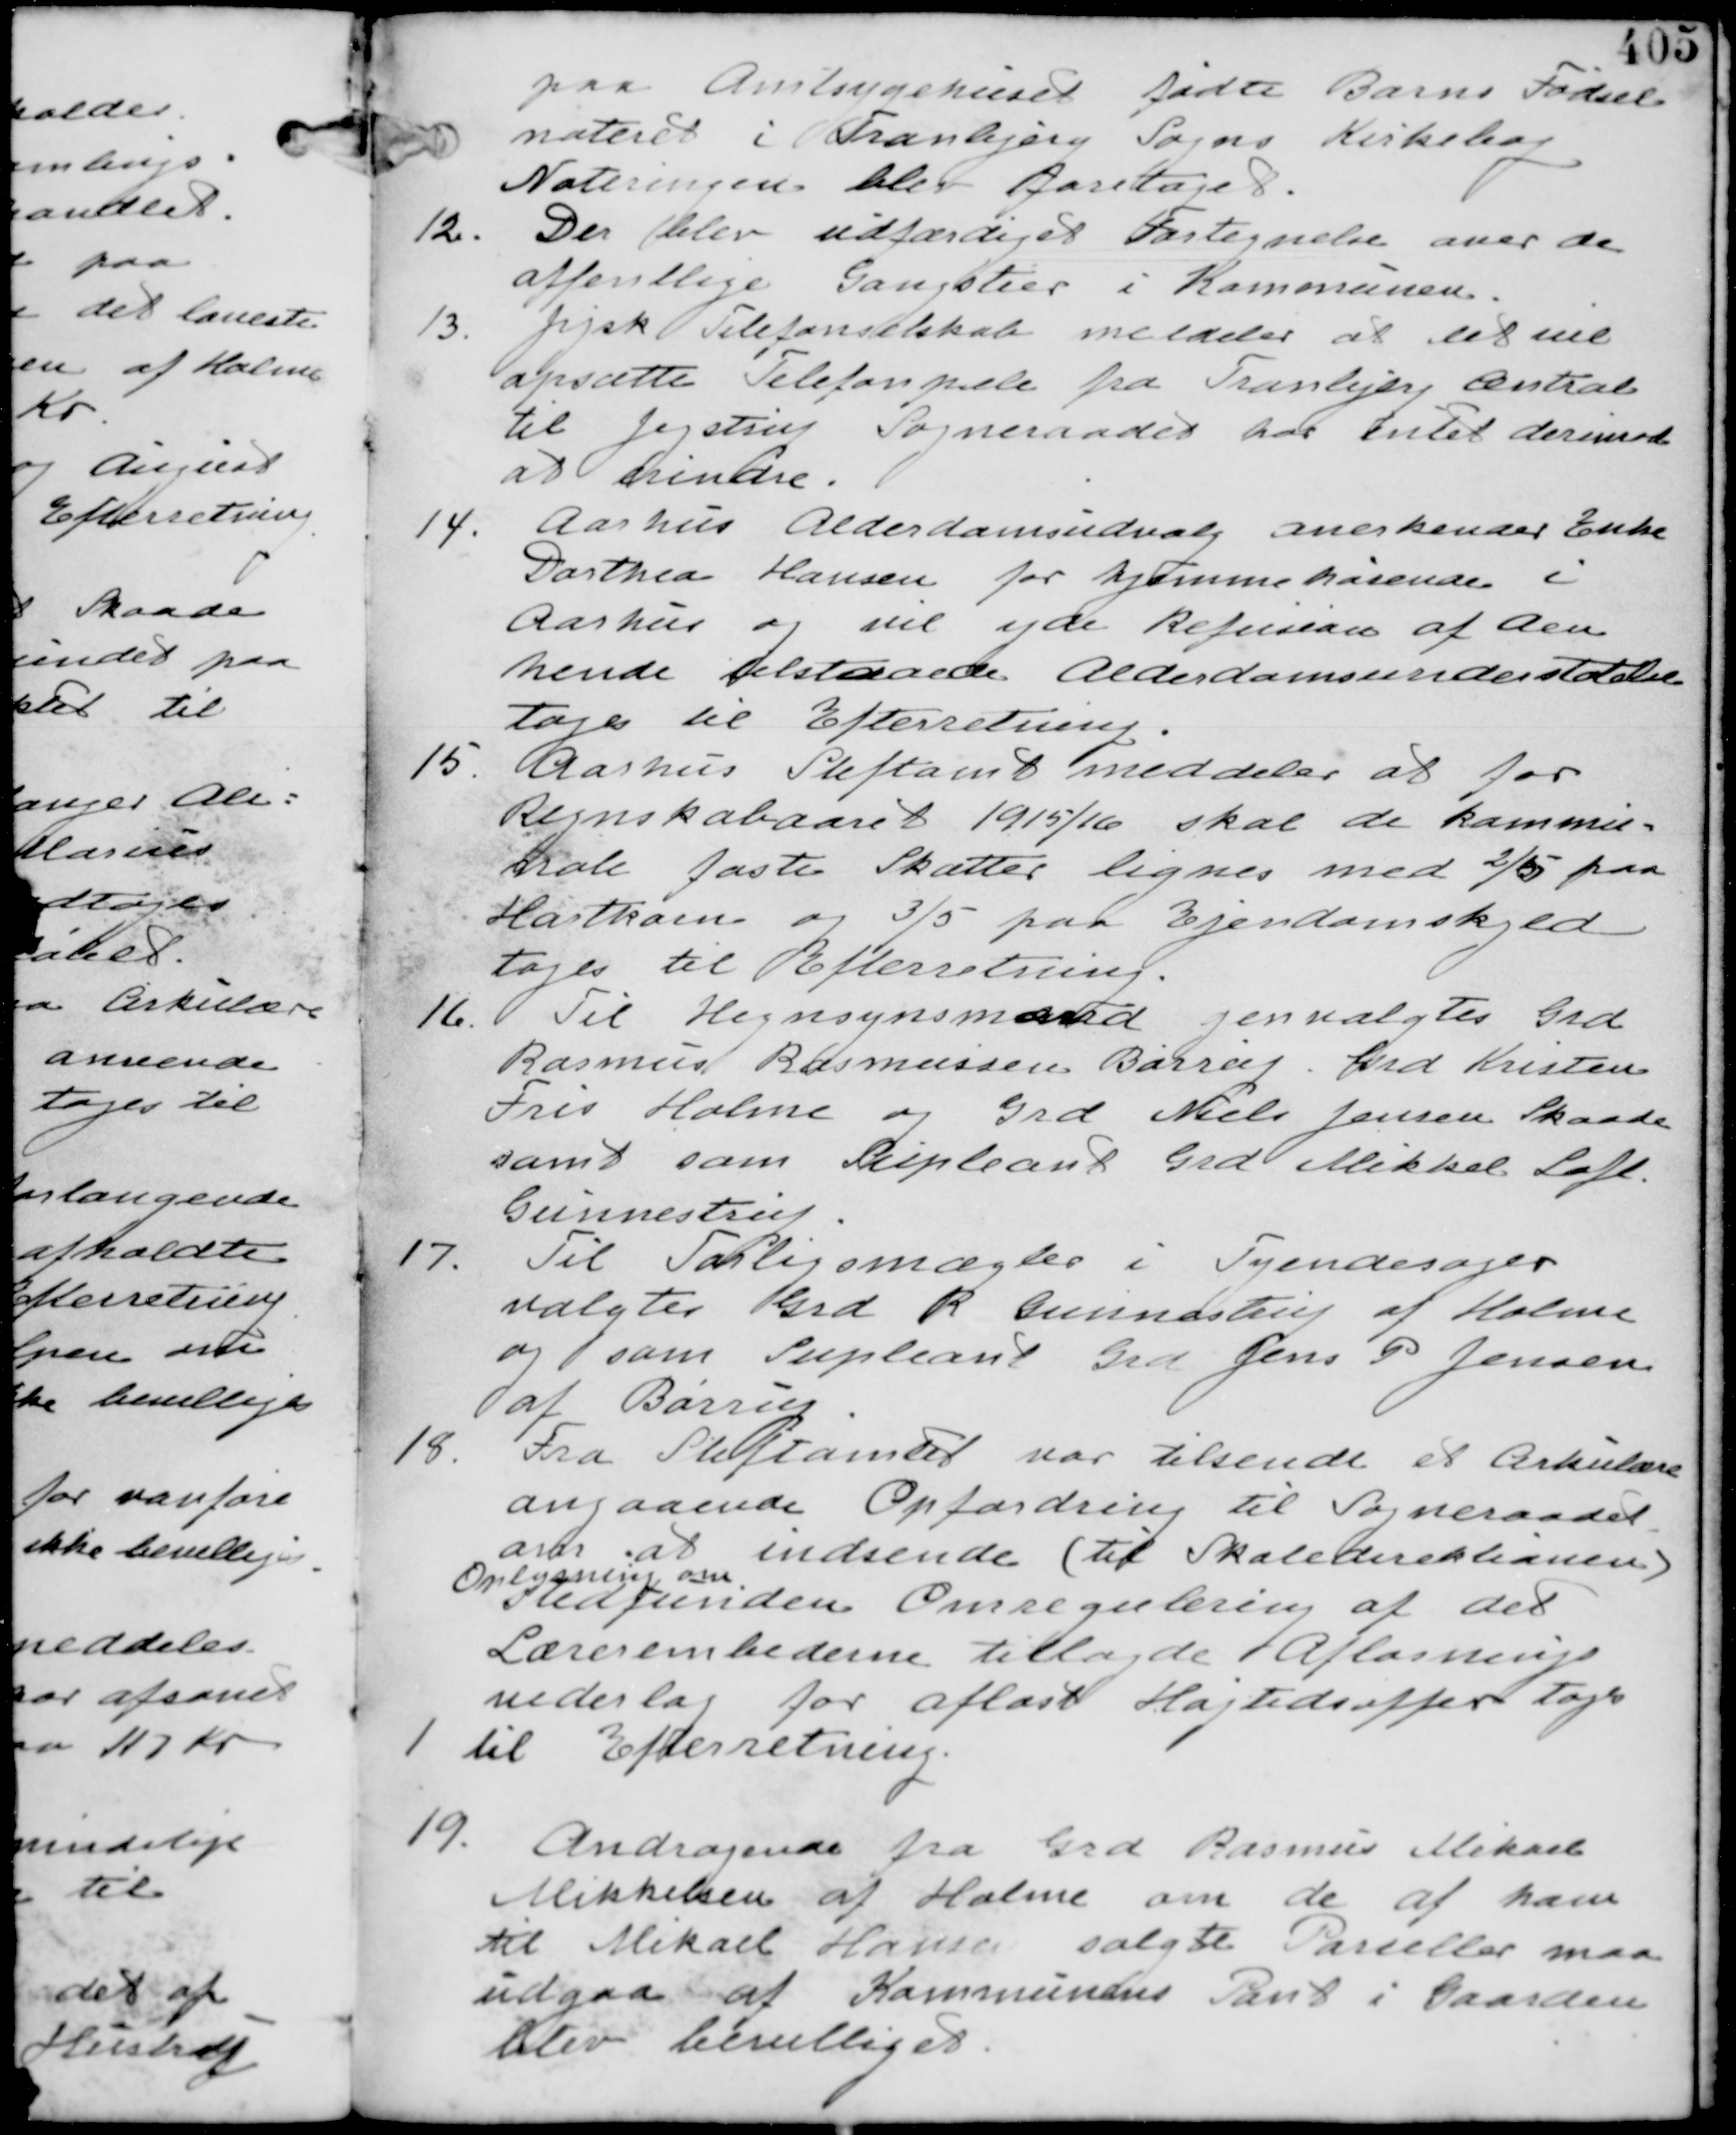
Transskription:
paa Amtsygehuset fødte Barns Fødsel
noteret i Tranbjerg Sogns Kirkebog
Noteringen blev foretaget.

12. Der blev udfærdiget Fortegnelse over de
offentlige Gangstier i Kommunen.

13. Jysk Telefonselskab meddeler at de vil
opsætte Telefonpæle fra Tranbjerg Central
til Jegstrup Sogneraadet har intet derimod
at hindre.

14. Aarhus Alderdomsudvalg anerkender Enke
Dorthea Hansen for hjemmehørende i
Aarhus og vil yde Refusion af den
hende tilstaaede Alderdomsunderstøttelse
tages til Efterretning

15. Aarhus Stiftamt meddeler at for
Regnskabsaaret 1915/16 skal de kommu-
nale faste Skatter lignes med 2/5 paa
Hartkorn og 2/3 paa Ejendomskyld
tages til Efterretning.

16. Til Hegnsynmand genvalgtes Grd
Rasmus Rasmussen Barrit Grd Kristen
Fris Holme og Grd Niels Jensen Skaade
samt som supleant Grd Mikkel Loft
Gunnestrup

17. Til Forligsmægler i Tyendesager
valgtes Grd R Gunnestrup af Holme
og som Supleant Grd Jens P Jensen
af Barrit

18.
Fra Stiftamtet var tilsendt et Cirkulære
angaaende Opfordring til Sogneraadet
om at indsende (til Skoledirektionen)
Oplysning om
Stedfunden Omregulering af det
Lærerembederne tillagde Afløsnings
vederlag for aflæst Højtidsoffer tages
til Efterretning

19. Andragende fra Grd Rasmus Mikael
Mikkelsen af Holme om de af ham
til Mikael Hansen solgte Parceller maa
udgaa af Kommunens Pant i Gaarden
blev bevilliget.